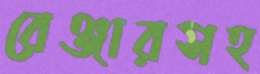
রেঞ্জারসহ